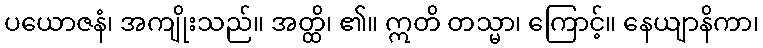
ပယောဇနံ၊ အကျိုးသည်။ အတ္ထိ၊ ၏။ ဣတိ တသ္မာ၊ ကြောင့်။ နေယျာနိကာ၊